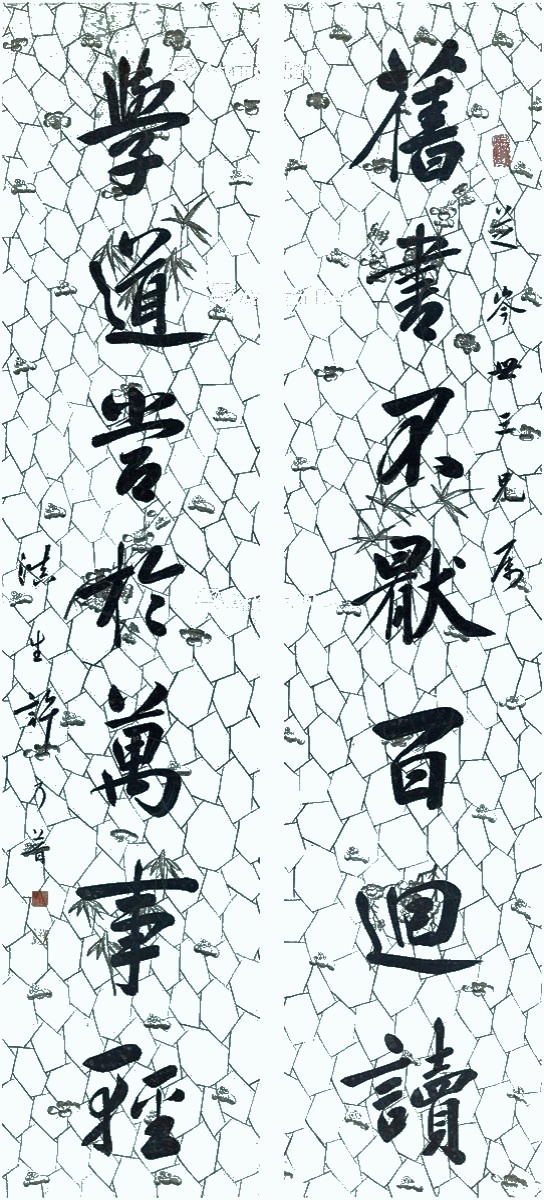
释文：旧书不厌百回读，学道当于万事轻。芝岑世三兄属，滇生许乃普。